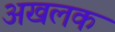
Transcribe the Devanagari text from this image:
अखलक